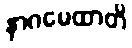
နာဂမေထာတိ